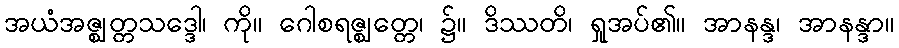
အယံအဇ္ဈတ္တသဒ္ဒေါ၊ ကို။ ဂေါစရဇ္ဈတ္တေ၊ ၌။ ဒိဿတိ၊ ရှုအပ်၏။ အာနန္ဒ၊ အာနန္ဒာ။